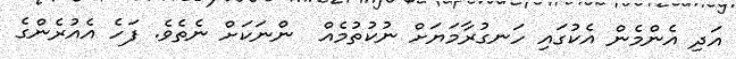
އަދި އެންމެން އެކުގައި ހަނގުރާމަޔަށް ނުކުތުމެއް  ންނަކަށް ނެތެވެ. ފަހެ އެއުރެންގެ